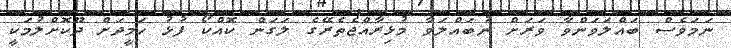
ނަމަވެސް ބައްލަވަންވާ ވަރަށް ނުބައްލަވާ މުޅިރާއްޖެތެރޭގެ ލަގަން ކޮއްކޯ ފުޅު ހަމީދަށް ދޫކޮށްލުމަކީ